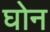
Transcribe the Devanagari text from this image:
घोन